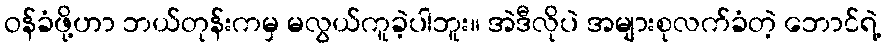
ဝန်ခံဖို့ဟာ ဘယ်တုန်းကမှ မလွယ်ကူခဲ့ပါဘူး။ အဲဒီလိုပဲ အများစုလက်ခံတဲ့ ဘောင်ရဲ့